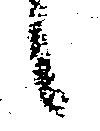
候